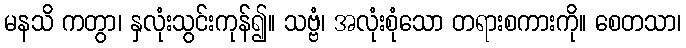
မနသိ ကတွာ၊ နှလုံးသွင်းကုန်၍။ သဗ္ဗံ၊ အလုံးစုံသော တရားစကားကို။ စေတသာ၊